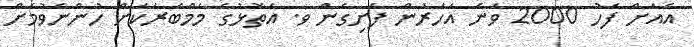
އެއަށް ފަހު 2000 ވަނަ އަހަރުން ފެށިގެން ވ. އަތޮޅުގެ މެމްބަރަކަށް ހުންނެވުމަށް